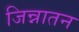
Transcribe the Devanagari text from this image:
जिन्नातन